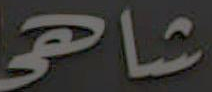
شاهي